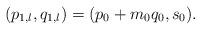
LaTeX: \begin{align*}(p_{1,l}, q_{1,l}) = (p_0 +m_0q_0, s_0). \end{align*}